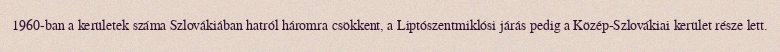
1960-ban a kerületek száma Szlovákiában hatról háromra csökkent, a Liptószentmiklósi járás pedig a Közép-Szlovákiai kerület része lett.